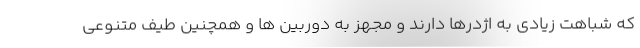
که شباهت زیادی به اژدرها دارند و مجهز به دوربین ها و همچنین طیف متنوعی